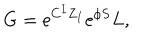
G = \mathrm { e } ^ { C ^ { I } Z _ { I } } \mathrm { e } ^ { \phi S } { L } ,